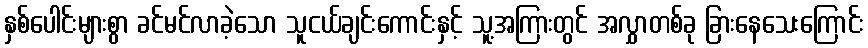
နှစ်ပေါင်းများစွာ ခင်မင်လာခဲ့သော သူငယ်ချင်းကောင်းနှင့် သူ့အကြားတွင် အလွှာတစ်ခု ခြားနေသေးကြောင်း